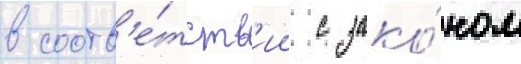
в соотв'е́тств'ии с зако́ном